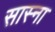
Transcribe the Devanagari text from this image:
सास्ना